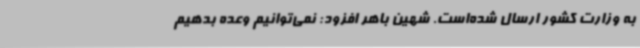
به وزارت کشور ارسال شده‌است. شهین باهر افزود: نمی‌توانیم وعده بدهیم